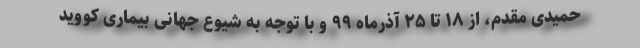
حمیدی مقدم، از ۱۸ تا ۲۵ آذرماه ۹۹ و با توجه به شیوع جهانی بیماری کووید